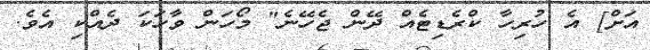
އަށް] އެ ހުރިހާ ކްރެޑިޓެއް ދޭން ޖެހޭނެ" މޯހަން ވާހަކަ ދެއްކި އެވެ.